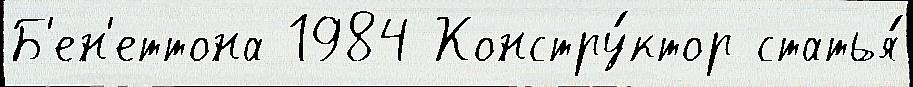
Б'ен'еттона 1984 Констру́ктор статья́